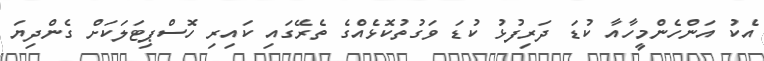
އެކު އަންހެންމީހާއާ ކުޑަ ދަރިފުޅު ކުޑަ ވަގުތުކޮޅެއްގެ ތެރޭގައި ކައިރި ހޮސްޕިޓަލަކަށް ގެންދިޔަ